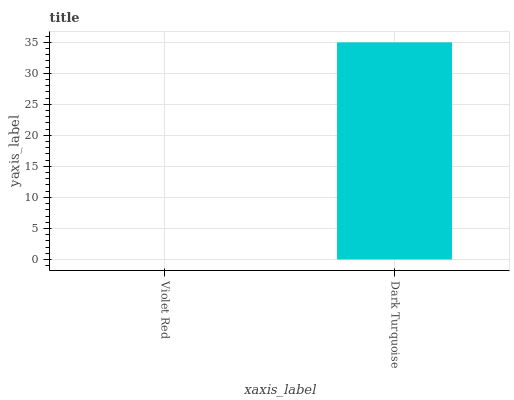
| xaxis_label | bars |
 | --- | --- |
 | Violet Red | 0 |
 | Dark Turquoise | 35 |